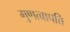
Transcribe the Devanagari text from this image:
गुणत्वापत्ति